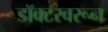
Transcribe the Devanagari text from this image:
डॉक्टरवरून